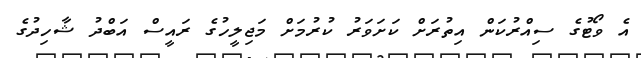
އެ ވޯޓުގެ ސިއްރުކަން އިތުރަށް ކަށަވަރު ކުރުމަށް މަޖިލީހުގެ ރައީސް އަބްދު ޝާހިދުގެ